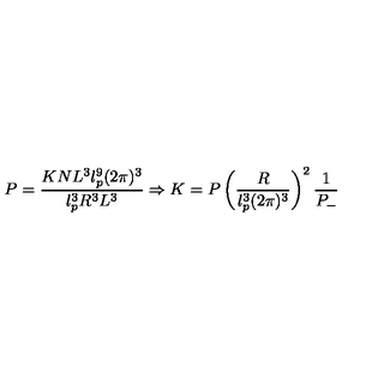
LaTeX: P = \frac { K N L ^ { 3 } l _ { p } ^ { 9 } ( 2 \pi ) ^ { 3 } } { l _ { p } ^ { 3 } R ^ { 3 } L ^ { 3 } } \Rightarrow K = P \left( \frac { R } { l _ { p } ^ { 3 } ( 2 \pi ) ^ { 3 } } \right) ^ { 2 } \frac { 1 } { P _ { - } }